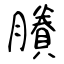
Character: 賸